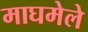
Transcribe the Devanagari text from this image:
माघमेले